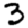
Digit: 3